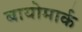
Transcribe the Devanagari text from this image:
बायोमार्क